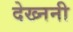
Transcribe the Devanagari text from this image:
देख्ननी